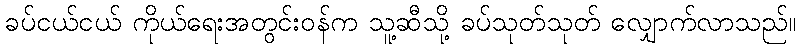
ခပ်ငယ်ငယ် ကိုယ်ရေးအတွင်းဝန်က သူ့ဆီသို့ ခပ်သုတ်သုတ် လျှောက်လာသည်။